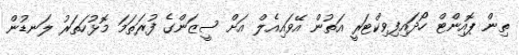
ތިން ޕޮއިންޓް ހޯދައިފިވިކްޓަރީ އަތުން އޭވައިއެލް އަށް ސީޒަންގެ ފުރަތަމަ މޮޅުހަތަރު ލަނޑުން